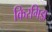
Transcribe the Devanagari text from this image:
किरगिझ